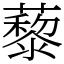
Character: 藜